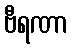
ဗီရဏာ